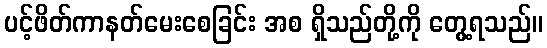
ပင့်ဖိတ်ကာနတ်မေးစေခြင်း အစ ရှိသည်တို့ကို တွေ့ရသည်။